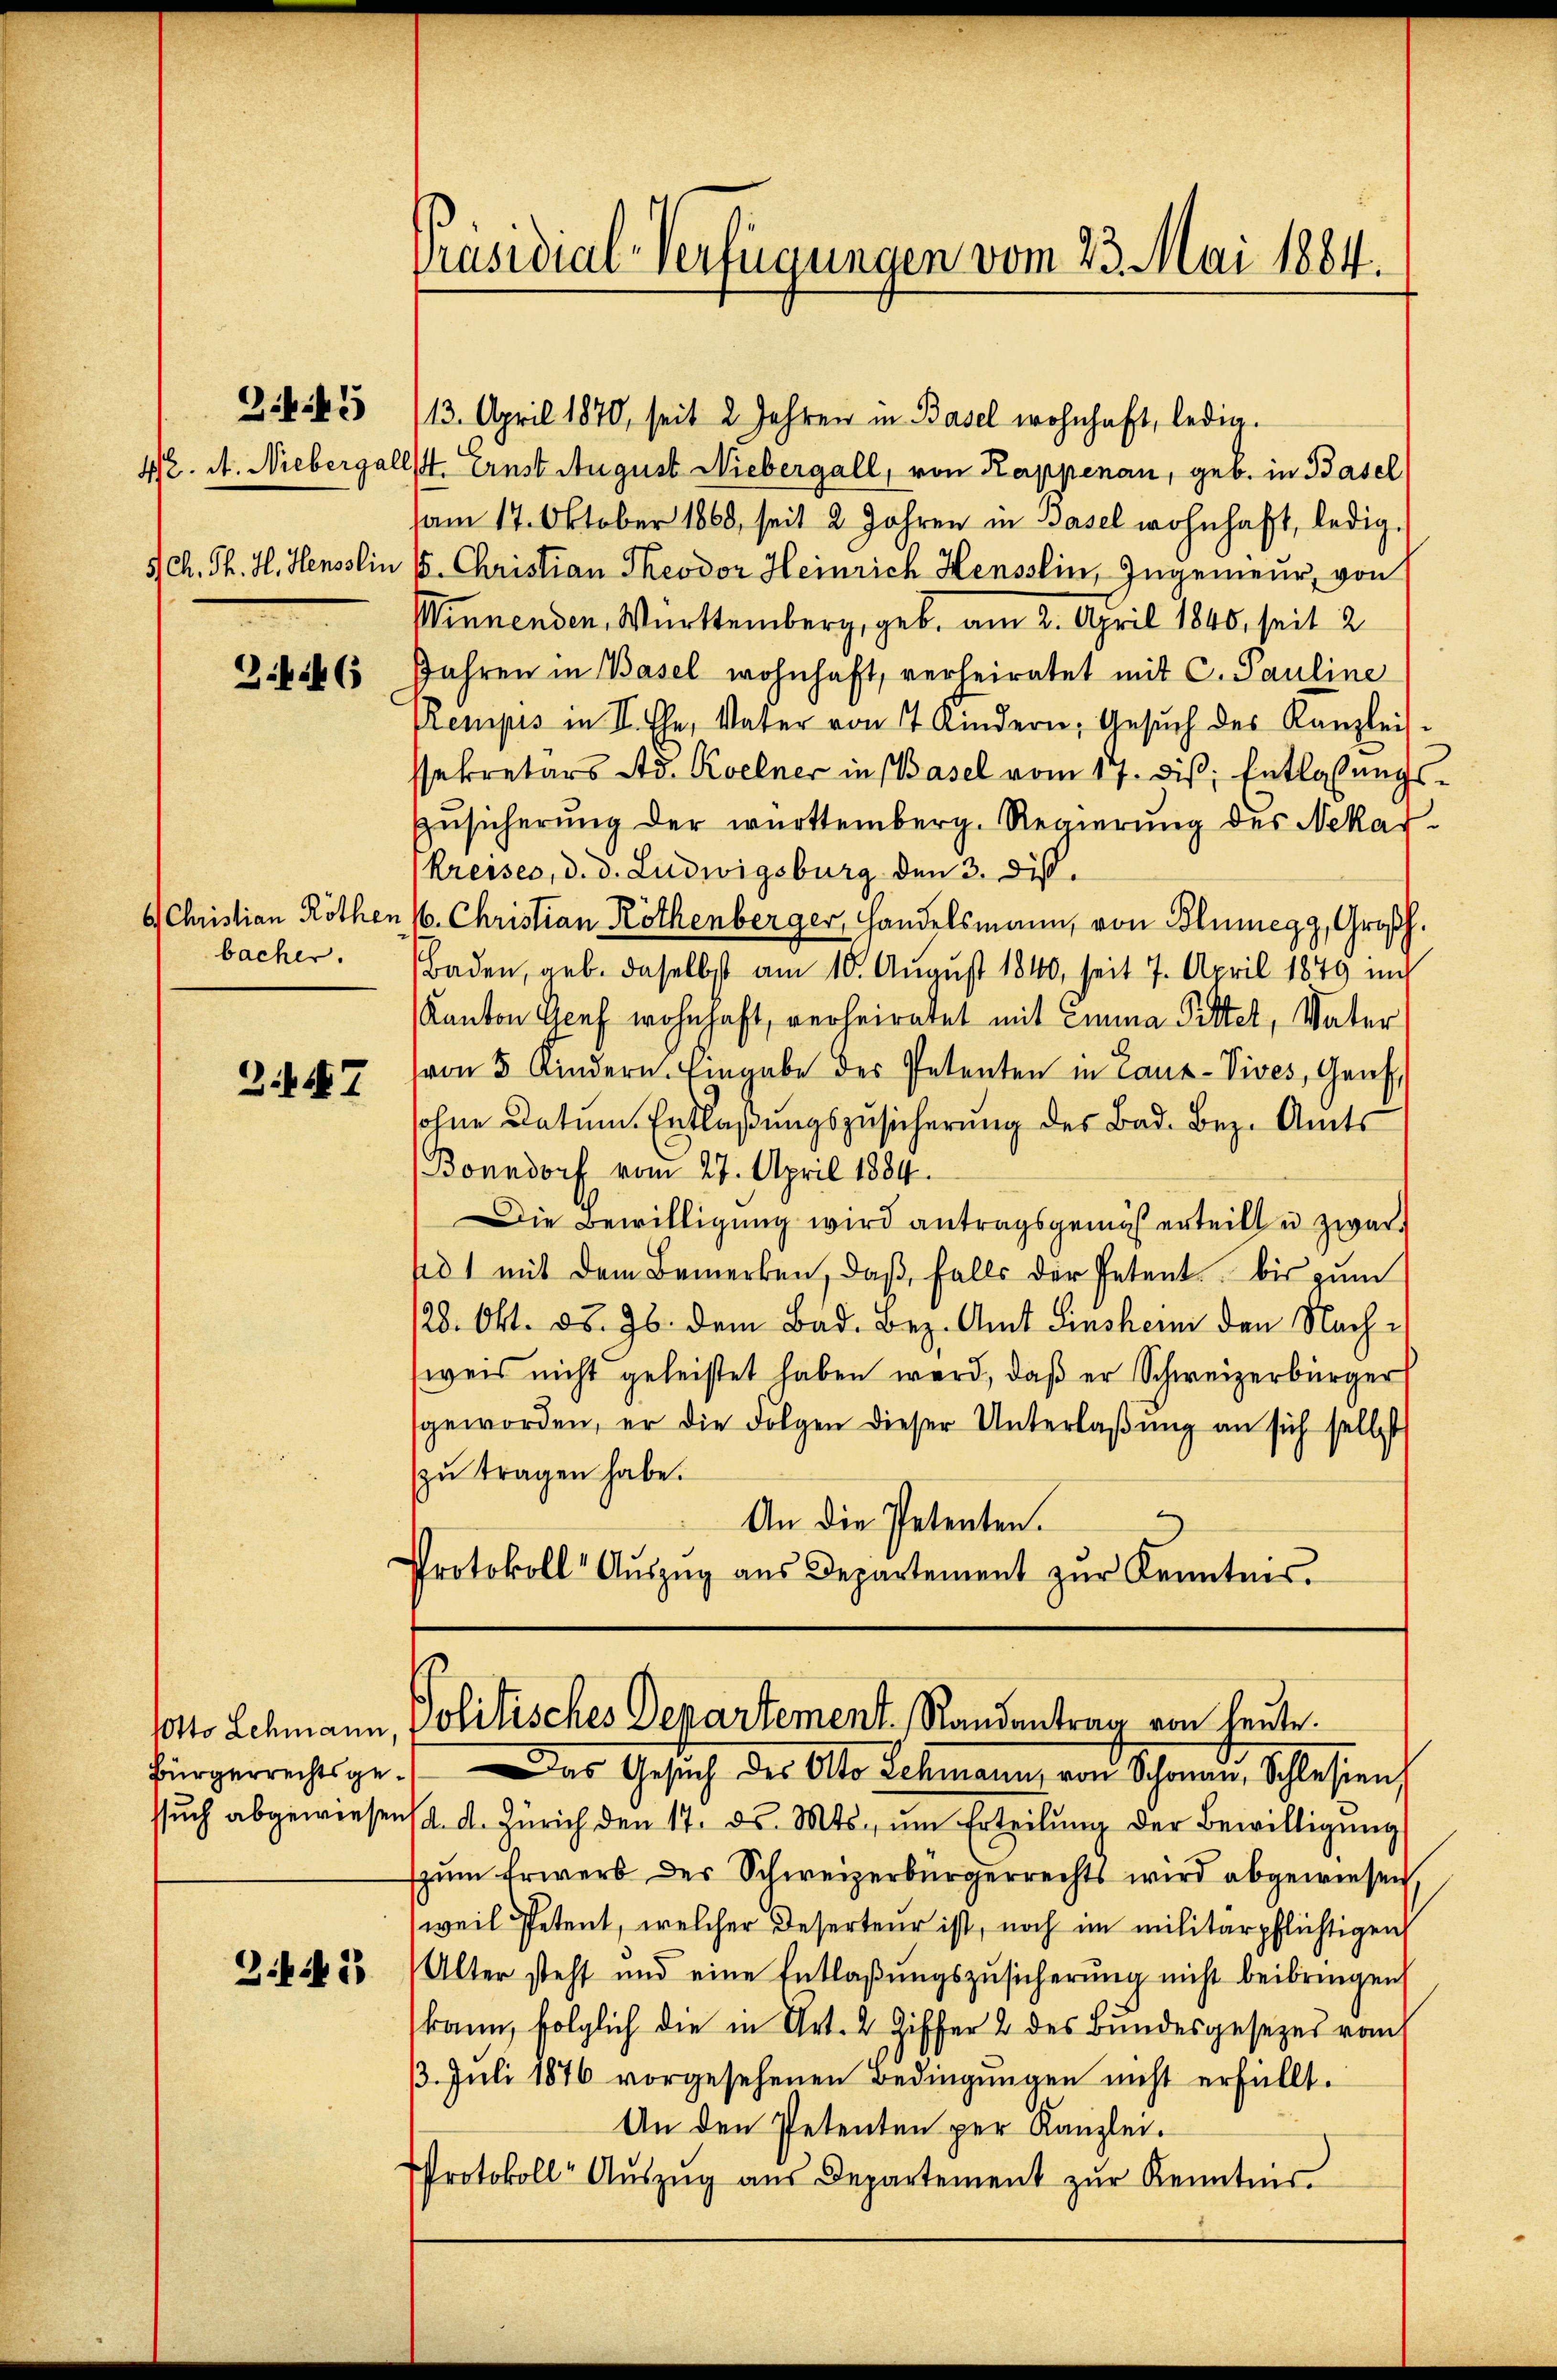
345

3.4.6

bacher.

3 f 47

Potto Lehmann,
Bürgerrechtsgessuch abgewiesen

34 n 13

Präsidial-Verfügungen vom 23. Mai 1884.

/13. April 1870, seit 2 Jahren in Basel wohnhaft, ledig.
42. A. Niebergallst Ernst August Niebergall, von Kappenau, geb. in Basel
am 17. Oktober 1860, seit 2 Jahren in Basel wohnhaft, ledig,
5/ Ch. Th. H. Heusslin 15. Christian Theodor Heinrich Hensslin, Ingenieur, von
Minnenden. Württemberg, geb. am 2. April 1840, seit 2
Jahren in Basel wohnhaft, verheiratet mit C. Pauline
Rempis in II. Ehe, Vater von 7 Kindern, Gesŭch des Kanzlei-
sekretärs Ad. Koelner in Basel vom 17. dis: Entlassungs¬
Zŭsicherung der württemberg. Regierung des Nekar-
Kreises, d. d. Ludwigsburg den 3. diß.
4 Christian Röthen 16. Christian Röthenberger, Handelsmann, von Blumegg, Großh.
Baden, geb. daselbst am 10. August 1840, seit 7. April 1849 inc
Kanton Genf wohnhaft, verheiratet mit Einna Pitter, Vater
von 5 Kindern. Eingabe des Petenten in Lanz-Vives, Genf,
ohne Datum Entlaßungszusicherung des Bad. Bez. Amts
Bonndorf vom 27. April 1884.
Die Bewilligung wird antragsgemäß erteilt u zwar
d 1 mit dem Bemerken, daβ falls der Petent bis zum
128. Okt. d. Js. dem Bad. Bez. Amt Einsher den Nachweis nicht geleistet haben wird, daß er Schweizerbürger
geworden, er die Folgen dieser Unterlaßung an sich selbst
zŭ tragen habe.
An die Petenten.
Protokoll Aŭszŭg aŭs Departement zŭr Kenntnis.

Das Gesuch des Als Techmann, von Schwere, Schloßen,
d. d. Zürich den 17. d. Mts. ŭm Erteilŭng der Bewilligŭng
zŭm Erwerb der Schweizerbürgerrechts wird abgewiesen,
weil Petent, welcher Deserteur ist, noch im militärpflichtigen
Alter steht und eine Entlaβŭngszŭsicherŭng nicht beibringen
kann, folglich die in Art. 2 Ziffer 2 des Bundesgesezes vom
13. Juli 1876 vorgesehenen Bedingungen nicht erfüllt.
An den Petenten per Kanzlei.
Protokoll-Auszug aus Departement zur Kenntnis

Politisches Departement Randantrag von heute.